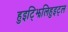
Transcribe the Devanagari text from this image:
हुइट्झिलिहुइट्ल